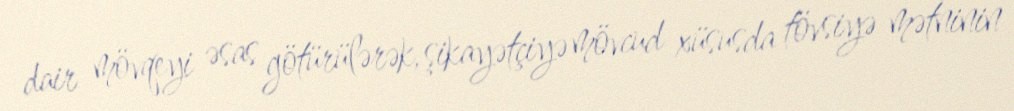
dair mövqeyi əsas götürülərək, şikayətçiyə mövcud xüsusda tövsiyə mətninin